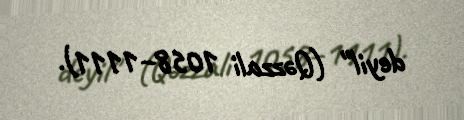
deyil" (Qəzzali 1058–1111).